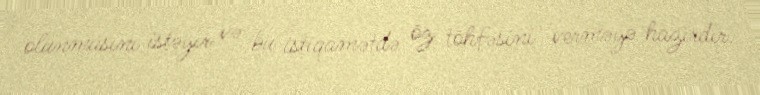
olunmasını istəyir və bu istiqamətdə öz töhfəsini verməyə hazırdır.